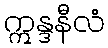
ဣန္ဒနီလံ